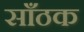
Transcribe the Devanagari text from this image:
साँठक